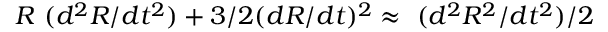
R ~ ( d ^ { 2 } R / d t ^ { 2 } ) + 3 / 2 ( d R / d t ) ^ { 2 } \approx ~ ( d ^ { 2 } R ^ { 2 } / d t ^ { 2 } ) / 2